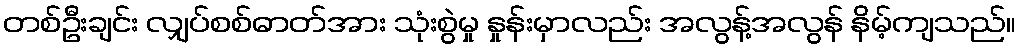
တစ်ဦးချင်း လျှပ်စစ်ဓာတ်အား သုံးစွဲမှု နှုန်းမှာလည်း အလွန့်အလွန် နိမ့်ကျသည်။